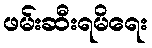
ဖမ်းဆီးရမိရေး